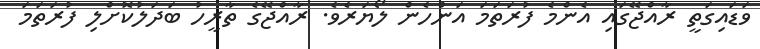
ވަޑައިގަތީ ރާއްޖޭގައި އެންމެ ފުރަތަމަ އަންހެން ލޯޔަރެވެ. ރާއްޖޭގެ ތާރީހު ބަދަލުކޮށްލި ފުރަތަމަ